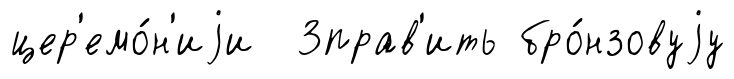
цер'емо́н'иjи 3прав'ить бро́нзовуjу